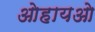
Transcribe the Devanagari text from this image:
ओहायओ